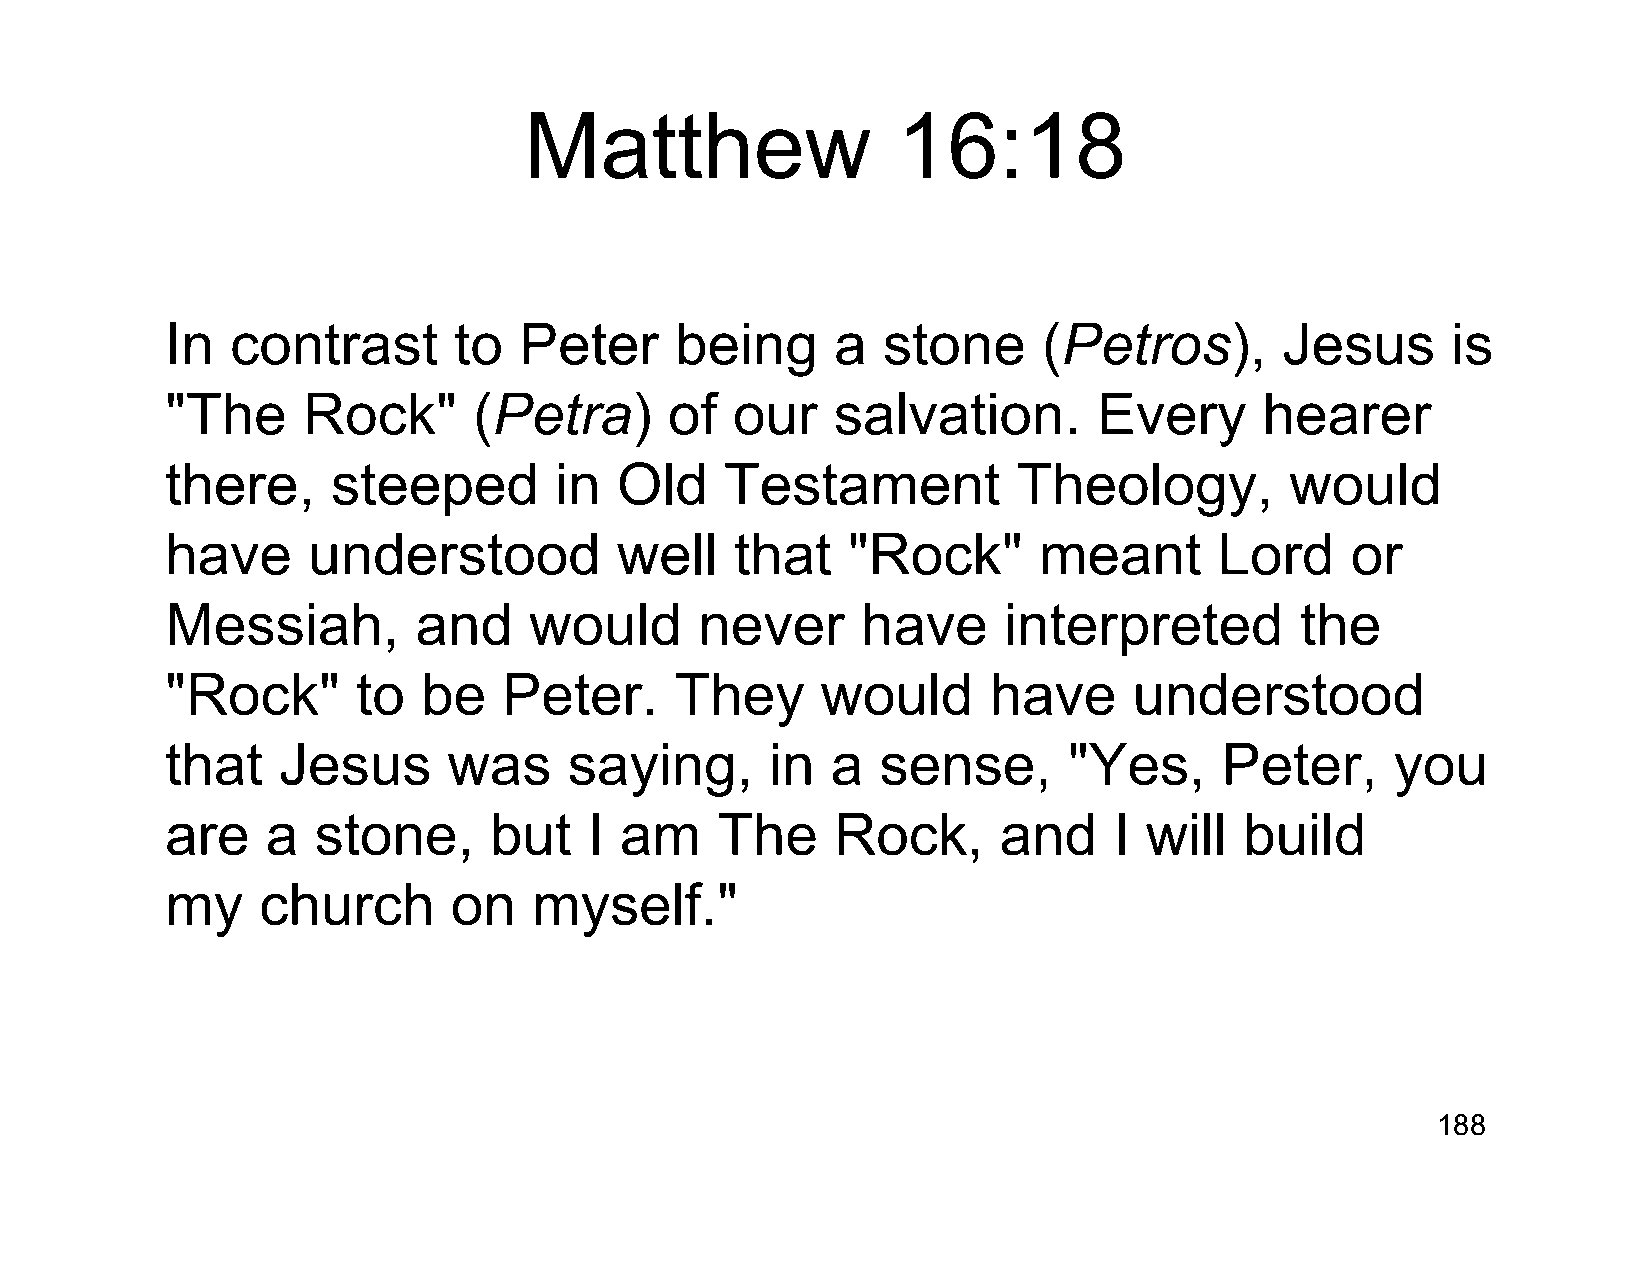
Matthew                 16:18
 In  contrast       to  Peter      being     a  stone      (Petros),       Jesus      is
 "The     Rock"      (Petra)      of   our   salvation.        Every      hearer
 there,     steeped        in  Old    Testament          Theology,         would
 have     understood           well    that   "Rock"       meant       Lord    or
 Messiah,        and     would      never      have     interpreted         the
 "Rock"       to  be   Peter.      They     would      have      understood
 that   Jesus       was     saying,      in  a  sense,       "Yes,     Peter,     you
 are    a  stone,     but    I am    The     Rock,      and     I will  build
 my    church       on   myself."
 188